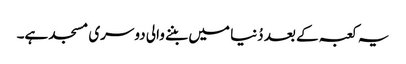
یہ کعبہ کے بعد دُنیا میں بننے والی دوسری مسجد ہے۔